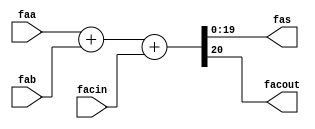
module convolve_kernel_adEe_AddSubnS_0_fadder_f 
#(parameter
    N = 20
)(
    input  [N-1 : 0]  faa,
    input  [N-1 : 0]  fab,
    input  wire  facin,
    output [N-1 : 0]  fas,
    output wire  facout
);
assign {facout, fas} = faa + fab + facin;
endmodule